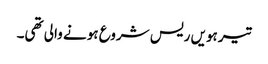
تیرہویں ریس شروع ہونے والی تھی۔